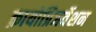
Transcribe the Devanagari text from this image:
क्रायोप्रिजर्वेशन